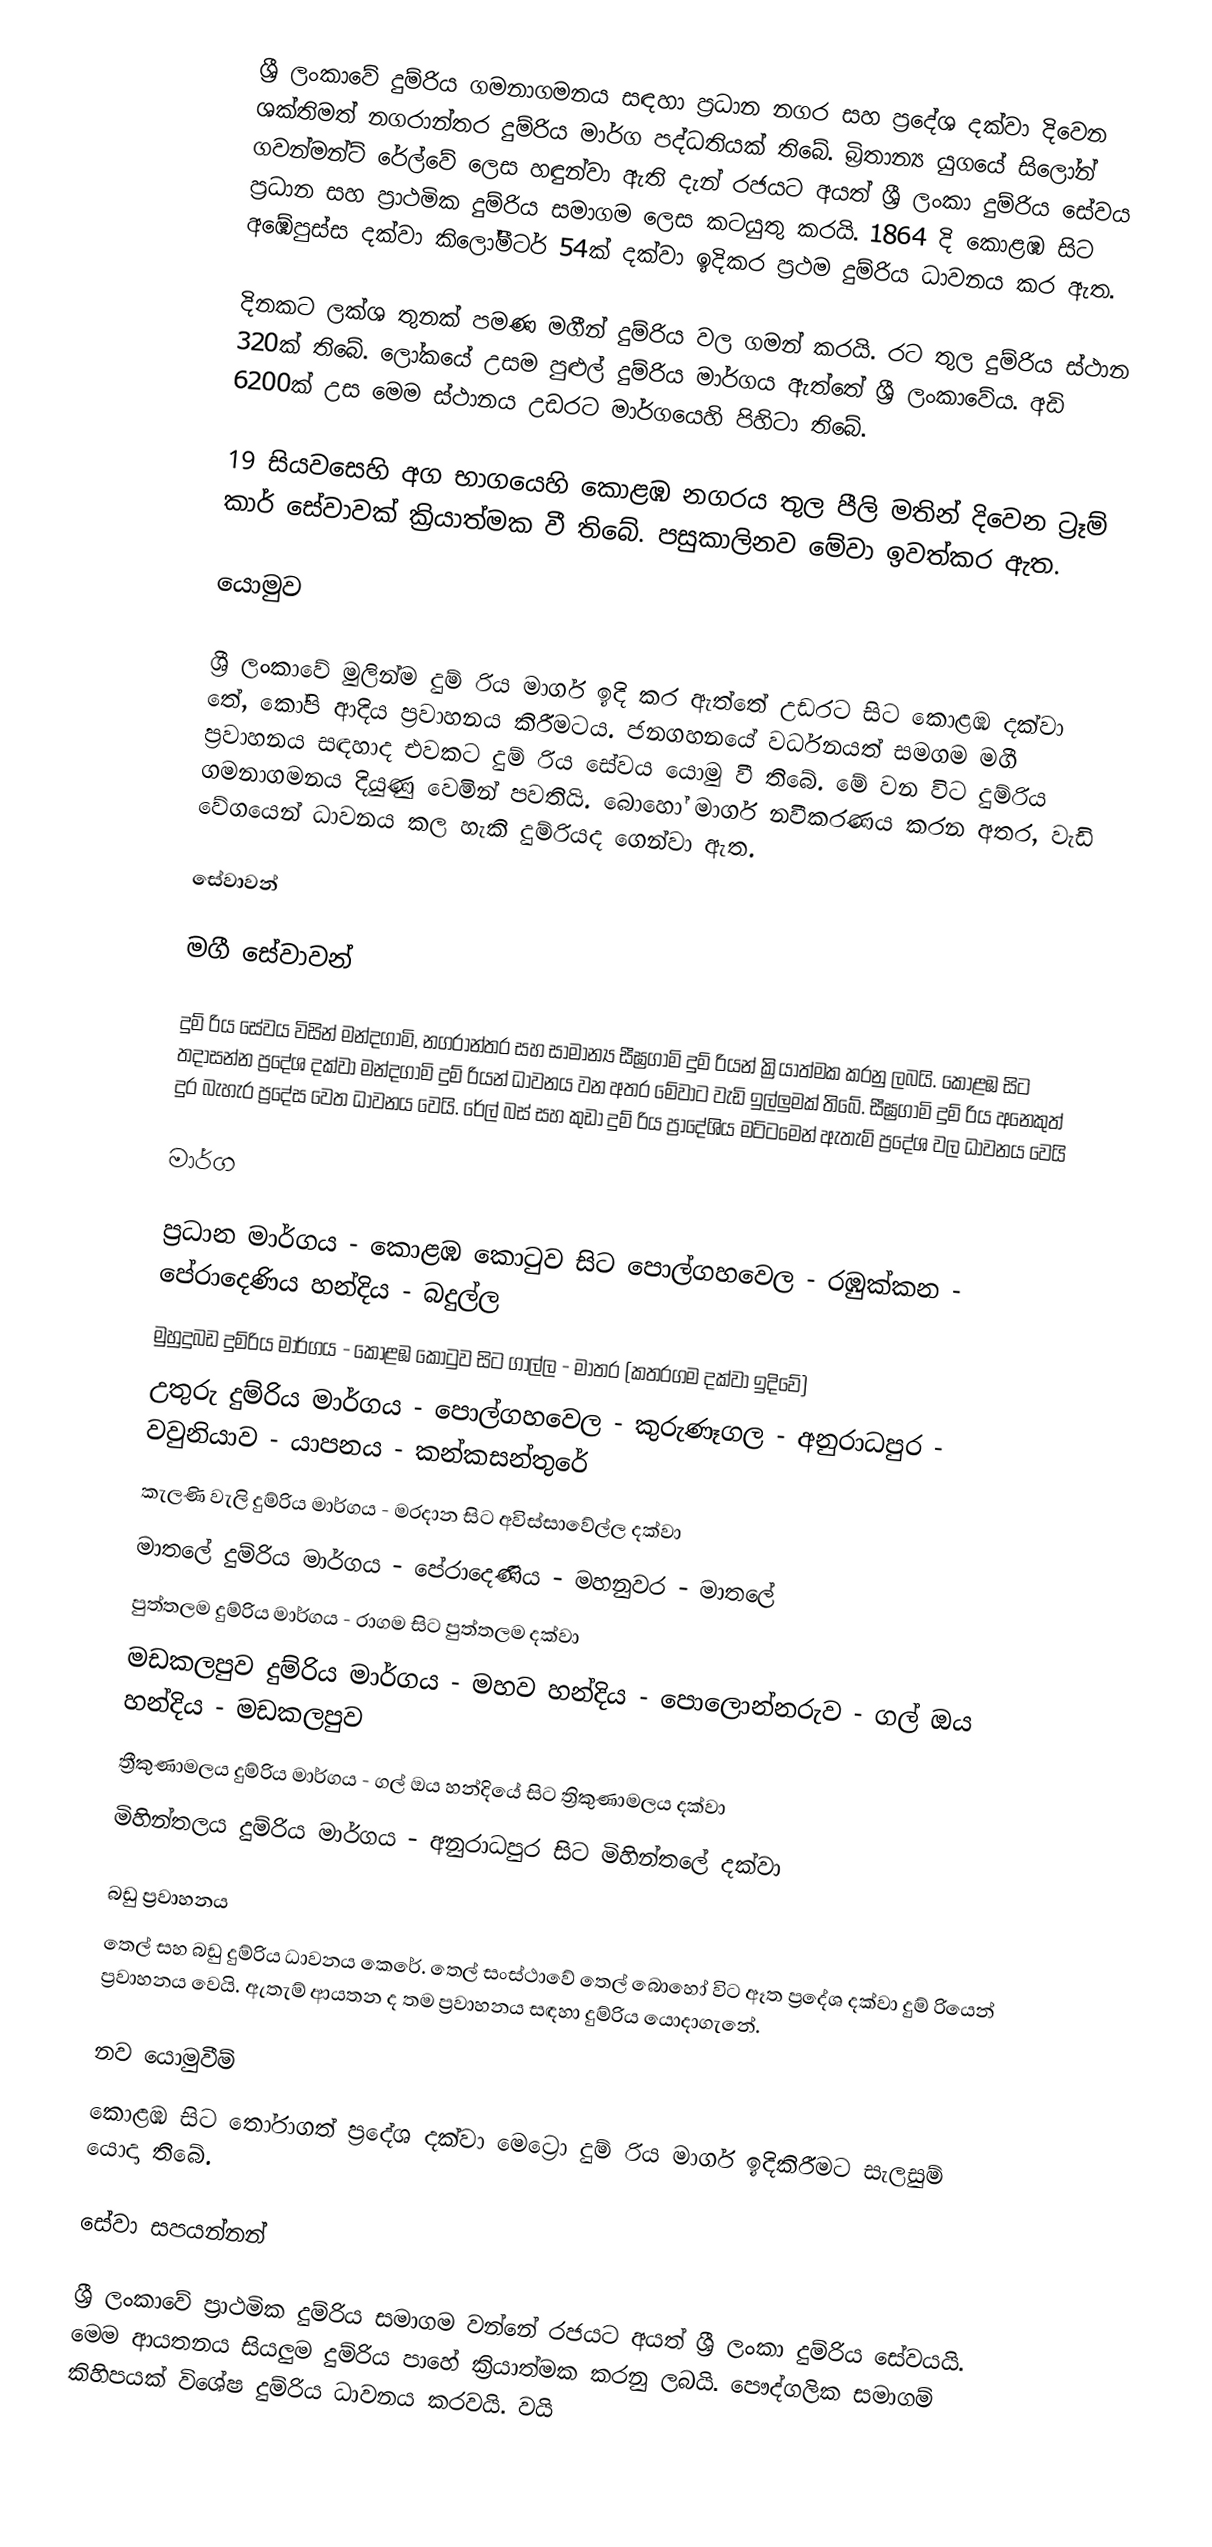
ශ්‍රී ලංකාවේ දුම්රිය ගමනාගමනය සඳහා ප්‍රධාන නගර සහ ප්‍රදේශ දක්වා දිවෙන ශක්තිමත් නගරාන්තර දුම්රිය මාර්ග පද්ධතියක් තිබේ. බ්‍රිතාන්‍ය යුගයේ සිලෝන් ගවන්මන්ට් රේල්වේ ලෙස හඳුන්වා ඇති දැන් රජයට අයත් ශ්‍රී ලංකා දුම්රිය සේවය ප්‍රධාන සහ ප්‍රාථමික දුම්රිය සමාගම ලෙස කටයුතු කරයි. 1864 දි කොළඹ සිට අඹේපුස්ස දක්වා කිලෝමීටර් 54ක් දක්වා ඉදිකර ප්‍රථම දුම්රිය ධාවනය කර ඇත.

දිනකට ලක්ශ තුනක් පමණ මගීන් දුම්රිය වල ගමන් කරයි. රට තුල දුම්රිය ස්ථාන 320ක් තිබේ. ලෝකයේ උසම පුළුල් දුම්රිය මාර්ගය ඇත්තේ ශ්‍රී ලංකාවේය. අඩි 6200ක් උස මෙම ස්ථානය උඩරට මාර්ගයෙහි පිහිටා තිබේ.

19 සියවසෙහි අග භාගයෙහි කොළඹ නගරය තුල පීලි මතින් දිවෙන ට්‍රෑම් කාර් සේවාවක් ක්‍රියාත්මක වී තිබේ. පසුකාලිනව මේවා ඉවත්කර ඇත.

යොමුව

ශ්‍රී ලංකාවේ මුලින්ම දුම් රිය මාර්ග ඉදි කර ඇත්තේ උඩරට සිට කොළඹ දක්වා තේ, කෝපි ආදිය ප්‍රවාහනය කිරීමටය. ජනගහනයේ වර්ධනයත් සමගම මගී ප්‍රවාහනය සඳහාද එවකට දුම් රිය සේවය යොමු වී තිබේ. මේ වන විට දුම්රිය ගමනාගමනය දියුණු වෙමින් පවතියි. බොහෝ මාර්ග නවීකරණය කරන අතර, වැඩි වේගයෙන් ධාවනය කල හැකි දුම්රියද ගෙන්වා ඇත.

සේවාවන්

මගී සේවාවන්

දුම් රිය සේවය විසින් මන්දගාමි, නගරාන්තර  සහ සාමාන්‍ය සීඝ්‍රගාමි දුම් රියන් ක්‍රියාත්මක කරනු ලබයි. කොළඹ සිට තදාසන්න ප්‍රදේශ දක්වා මන්දගාමි දුම් රියන් ධාවනය වන අතර මේවාට වැඩි ඉල්ලුමක් තිබේ. සීඝ්‍රගාමි දුම් රිය අනෙකුත් දුර බැහැර ප්‍රදේස වෙත ධාවනය වෙයි. රේල් බස් සහ කුඩා දුම් රිය ප්‍රාදේශිය මට්ටමෙන් ඇතැම් ප්‍රදේශ වල ධාවනය වෙයි

මාර්ග

ප්‍රධාන මාර්ගය - කොළඹ කොටුව සිට පොල්ගහවෙල - රඹුක්කන - පේරාදෙණිය හන්දිය - බදුල්ල
මුහුදුබඩ දුම්රිය මාර්ගය - කොළඹ කොටුව සිට ගාල්ල - මාතර (කතරගම දක්වා ඉදිවේ)
උතුරු දුම්රිය මාර්ගය - පොල්ගහවෙල - කුරුණෑගල - අනුරාධපුර - වවුනියාව - යාපනය - කන්කසන්තුරේ
කැලණි වැලි දුම්රිය මාර්ගය - මරදාන සිට අවිස්සාවේල්ල දක්වා
මාතලේ දුම්රිය මාර්ගය - පේරාදෙණිය - මහනුවර - මාතලේ
පුත්තලම දුම්රිය මාර්ගය - රාගම සිට පුත්තලම දක්වා
මඩකලපුව දුම්රිය මාර්ගය - මහව හන්දිය - පොලොන්නරුව - ගල් ඔය හන්දිය - මඩකලපුව
ත්‍රීකුණාමලය දුම්රිය මාර්ගය - ගල් ඔය හන්දියේ සිට ත්‍රිකුණාමලය දක්වා
මිහින්තලය දුම්රිය මාර්ගය - අනුරාධපුර සිට මිහින්තලේ දක්වා

බඩු ප්‍රවාහනය
තෙල් සහ බඩු දුම්රිය ධාවනය කෙරේ. තෙල් සංස්ථාවේ තෙල් බොහෝ විට ඈත ප්‍රදේශ දක්වා දුම් රියෙන් ප්‍රවාහනය වෙයි. ඇතැම් ආයතන ද තම ප්‍රවාහනය සඳහා දුම්රිය යොදාගැනේ.

නව යොමුවීම්
කොළඹ සිට තෝරාගත් ප්‍රදේශ දක්වා මෙට්‍රො දුම් රිය මාර්ග ඉදිකිරීමට සැලසුම් යොදා තිබේ.

සේවා සපයන්නන්

ශ්‍රී ලංකාවේ ප්‍රාථමික දුම්රිය සමාගම වන්නේ රජයට අයත් ශ්‍රී ලංකා දුම්රිය සේවයයි. මෙම ආයතනය සියලුම දුම්රිය පාහේ ක්‍රියාත්මක කරනු ලබයි. පෞද්ගලික සමාගම් කිහිපයක් විශේෂ දුම්රිය ධාවනය කරවයි. වයි